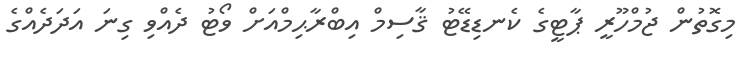
މިގޮތުން ޖުމްހޫރީ ޕާޓީގެ ކެނޑިޑޭޓު ޤާސިމް އިބްރާޙިމްއަށް ވޯޓު ދެއްވި ގިނަ އަދަދެއްގެ